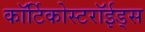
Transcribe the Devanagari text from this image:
कॉर्टिकोस्टरॉईड्स